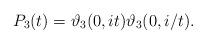
LaTeX: \begin{align*}P_3(t) = \vartheta_3 (0, i t) \vartheta_3(0, i/t).\end{align*}